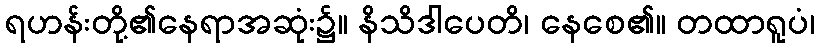
ရဟန်းတို့၏နေရာအဆုံး၌။ နိသိဒါပေတိ၊ နေစေ၏။ တထာရူပံ၊